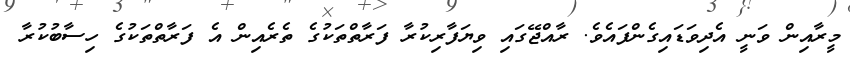
މީރާއިން ވަނީ އެދިވަޑައިގެންފައެވެ. ރާއްޖޭގައި ވިޔަފާރިކުރާ ފަރާތްތަކުގެ ތެރެއިން އެ ފަރާތްތަކުގެ ހިސާބުކުރާ